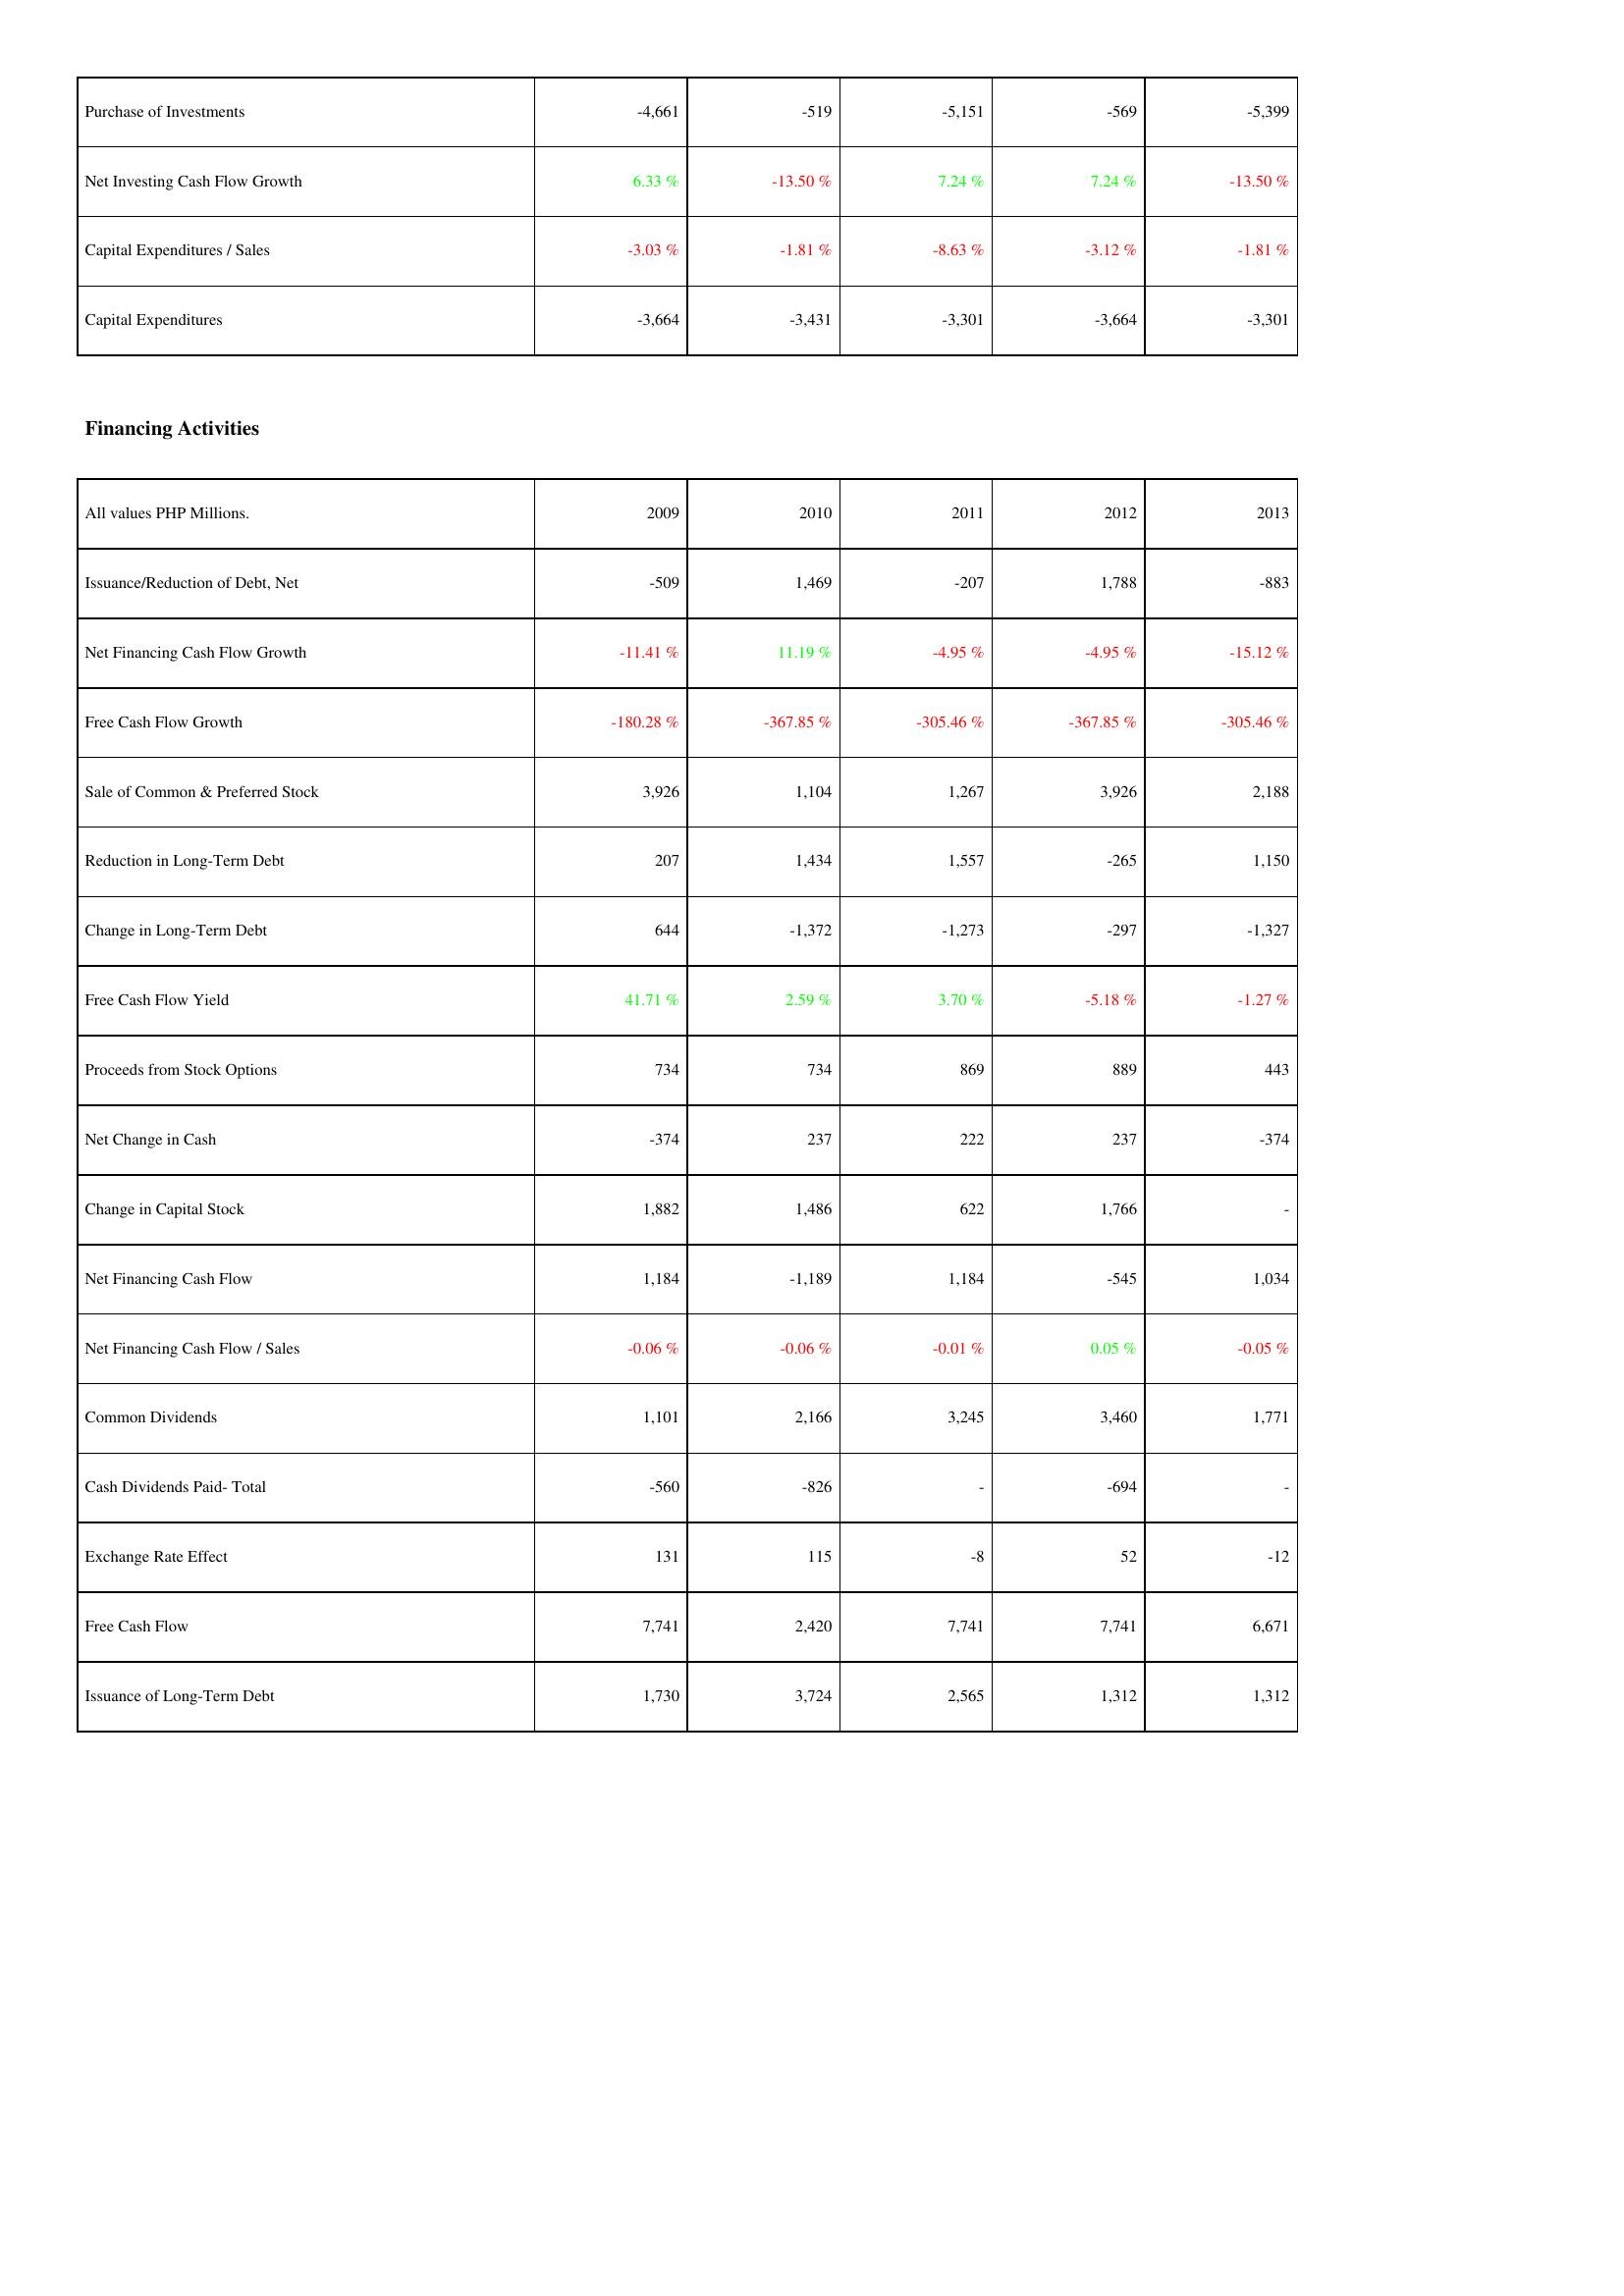
2009: Investing Activities: Purchase of Investments: -4,661
Net Investing Cash Flow Growth: 6.33 %
Capital Expenditures / Sales: -3.03 %
Capital Expenditures: -3,664
Financing Activities: Issuance/Reduction of Debt, Net: -509
Net Financing Cash Flow Growth: -11.41 %
Free Cash Flow Growth: -180.28 %
Sale of Common & Preferred Stock: 3,926
Reduction in Long-Term Debt: 207
Change in Long-Term Debt: 644
Free Cash Flow Yield: 41.71 %
Proceeds from Stock Options: 734
Net Change in Cash: -374
Change in Capital Stock: 1,882
Net Financing Cash Flow: 1,184
Net Financing Cash Flow / Sales: -0.06 %
Common Dividends: 1,101
Cash Dividends Paid- Total: -560
Exchange Rate Effect: 131
Free Cash Flow: 7,741
Issuance of Long-Term Debt: 1,730
2010: Investing Activities: Purchase of Investments: -519
Net Investing Cash Flow Growth: -13.50 %
Capital Expenditures / Sales: -1.81 %
Capital Expenditures: -3,431
Financing Activities: Issuance/Reduction of Debt, Net: 1,469
Net Financing Cash Flow Growth: 11.19 %
Free Cash Flow Growth: -367.85 %
Sale of Common & Preferred Stock: 1,104
Reduction in Long-Term Debt: 1,434
Change in Long-Term Debt: -1,372
Free Cash Flow Yield: 2.59 %
Proceeds from Stock Options: 734
Net Change in Cash: 237
Change in Capital Stock: 1,486
Net Financing Cash Flow: -1,189
Net Financing Cash Flow / Sales: -0.06 %
Common Dividends: 2,166
Cash Dividends Paid- Total: -826
Exchange Rate Effect: 115
Free Cash Flow: 2,420
Issuance of Long-Term Debt: 3,724
2011: Investing Activities: Purchase of Investments: -5,151
Net Investing Cash Flow Growth: 7.24 %
Capital Expenditures / Sales: -8.63 %
Capital Expenditures: -3,301
Financing Activities: Issuance/Reduction of Debt, Net: -207
Net Financing Cash Flow Growth: -4.95 %
Free Cash Flow Growth: -305.46 %
Sale of Common & Preferred Stock: 1,267
Reduction in Long-Term Debt: 1,557
Change in Long-Term Debt: -1,273
Free Cash Flow Yield: 3.70 %
Proceeds from Stock Options: 869
Net Change in Cash: 222
Change in Capital Stock: 622
Net Financing Cash Flow: 1,184
Net Financing Cash Flow / Sales: -0.01 %
Common Dividends: 3,245
Cash Dividends Paid- Total: -
Exchange Rate Effect: -8
Free Cash Flow: 7,741
Issuance of Long-Term Debt: 2,565
2012: Investing Activities: Purchase of Investments: -569
Net Investing Cash Flow Growth: 7.24 %
Capital Expenditures / Sales: -3.12 %
Capital Expenditures: -3,664
Financing Activities: Issuance/Reduction of Debt, Net: 1,788
Net Financing Cash Flow Growth: -4.95 %
Free Cash Flow Growth: -367.85 %
Sale of Common & Preferred Stock: 3,926
Reduction in Long-Term Debt: -265
Change in Long-Term Debt: -297
Free Cash Flow Yield: -5.18 %
Proceeds from Stock Options: 889
Net Change in Cash: 237
Change in Capital Stock: 1,766
Net Financing Cash Flow: -545
Net Financing Cash Flow / Sales: 0.05 %
Common Dividends: 3,460
Cash Dividends Paid- Total: -694
Exchange Rate Effect: 52
Free Cash Flow: 7,741
Issuance of Long-Term Debt: 1,312
2013: Investing Activities: Purchase of Investments: -5,399
Net Investing Cash Flow Growth: -13.50 %
Capital Expenditures / Sales: -1.81 %
Capital Expenditures: -3,301
Financing Activities: Issuance/Reduction of Debt, Net: -883
Net Financing Cash Flow Growth: -15.12 %
Free Cash Flow Growth: -305.46 %
Sale of Common & Preferred Stock: 2,188
Reduction in Long-Term Debt: 1,150
Change in Long-Term Debt: -1,327
Free Cash Flow Yield: -1.27 %
Proceeds from Stock Options: 443
Net Change in Cash: -374
Change in Capital Stock: -
Net Financing Cash Flow: 1,034
Net Financing Cash Flow / Sales: -0.05 %
Common Dividends: 1,771
Cash Dividends Paid- Total: -
Exchange Rate Effect: -12
Free Cash Flow: 6,671
Issuance of Long-Term Debt: 1,312